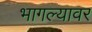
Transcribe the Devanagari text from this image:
भागल्यावर